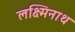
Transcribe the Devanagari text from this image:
लक्ष्मिनाथ